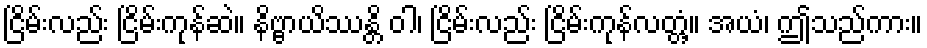
ငြိမ်းလည်း ငြိမ်းကုန်ဆဲ။ နိဗ္ဗာယိဿန္တိ ဝါ၊ ငြိမ်းလည်း ငြိမ်းကုန်လတ္တံ့။ အယံ၊ ဤသည်ကား။